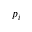
p _ { i }